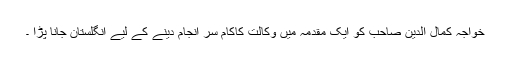
خواجہ کمال الدین صاحب کو ایک مقدمہ میں وکالت کاکام سر انجام دینے کے لیے انگلستان جانا پڑا ۔